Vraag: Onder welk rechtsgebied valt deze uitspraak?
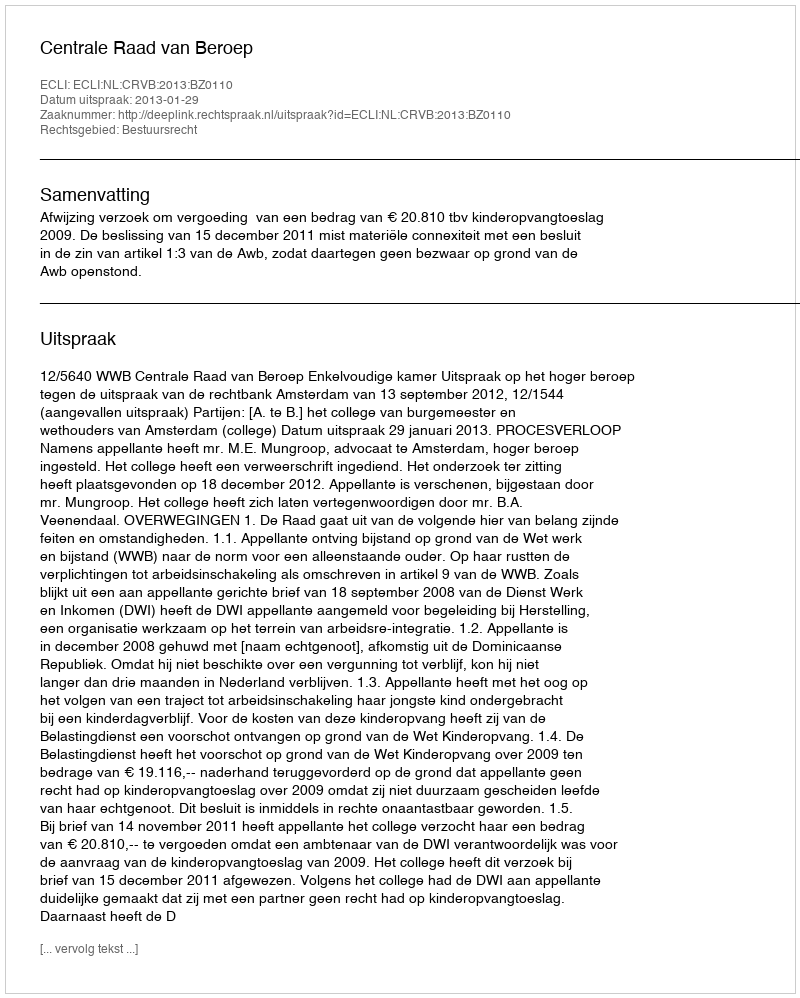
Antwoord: Bestuursrecht